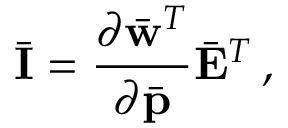
\bar { \bf I } = \frac { \partial \bar { \bf w } ^ { T } } { \partial \bar { \bf p } } \bar { \bf E } ^ { T } \, ,